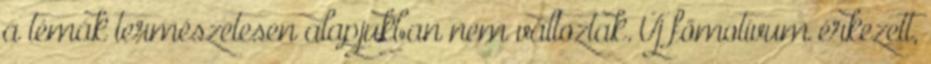
a témák természetesen alapjukban nem változtak. Új főmotívum érkezett,